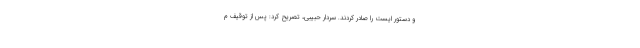
و دستور ایست را صادر کردند. سردار حبیبی، تصریح کرد: پس از توقیف م